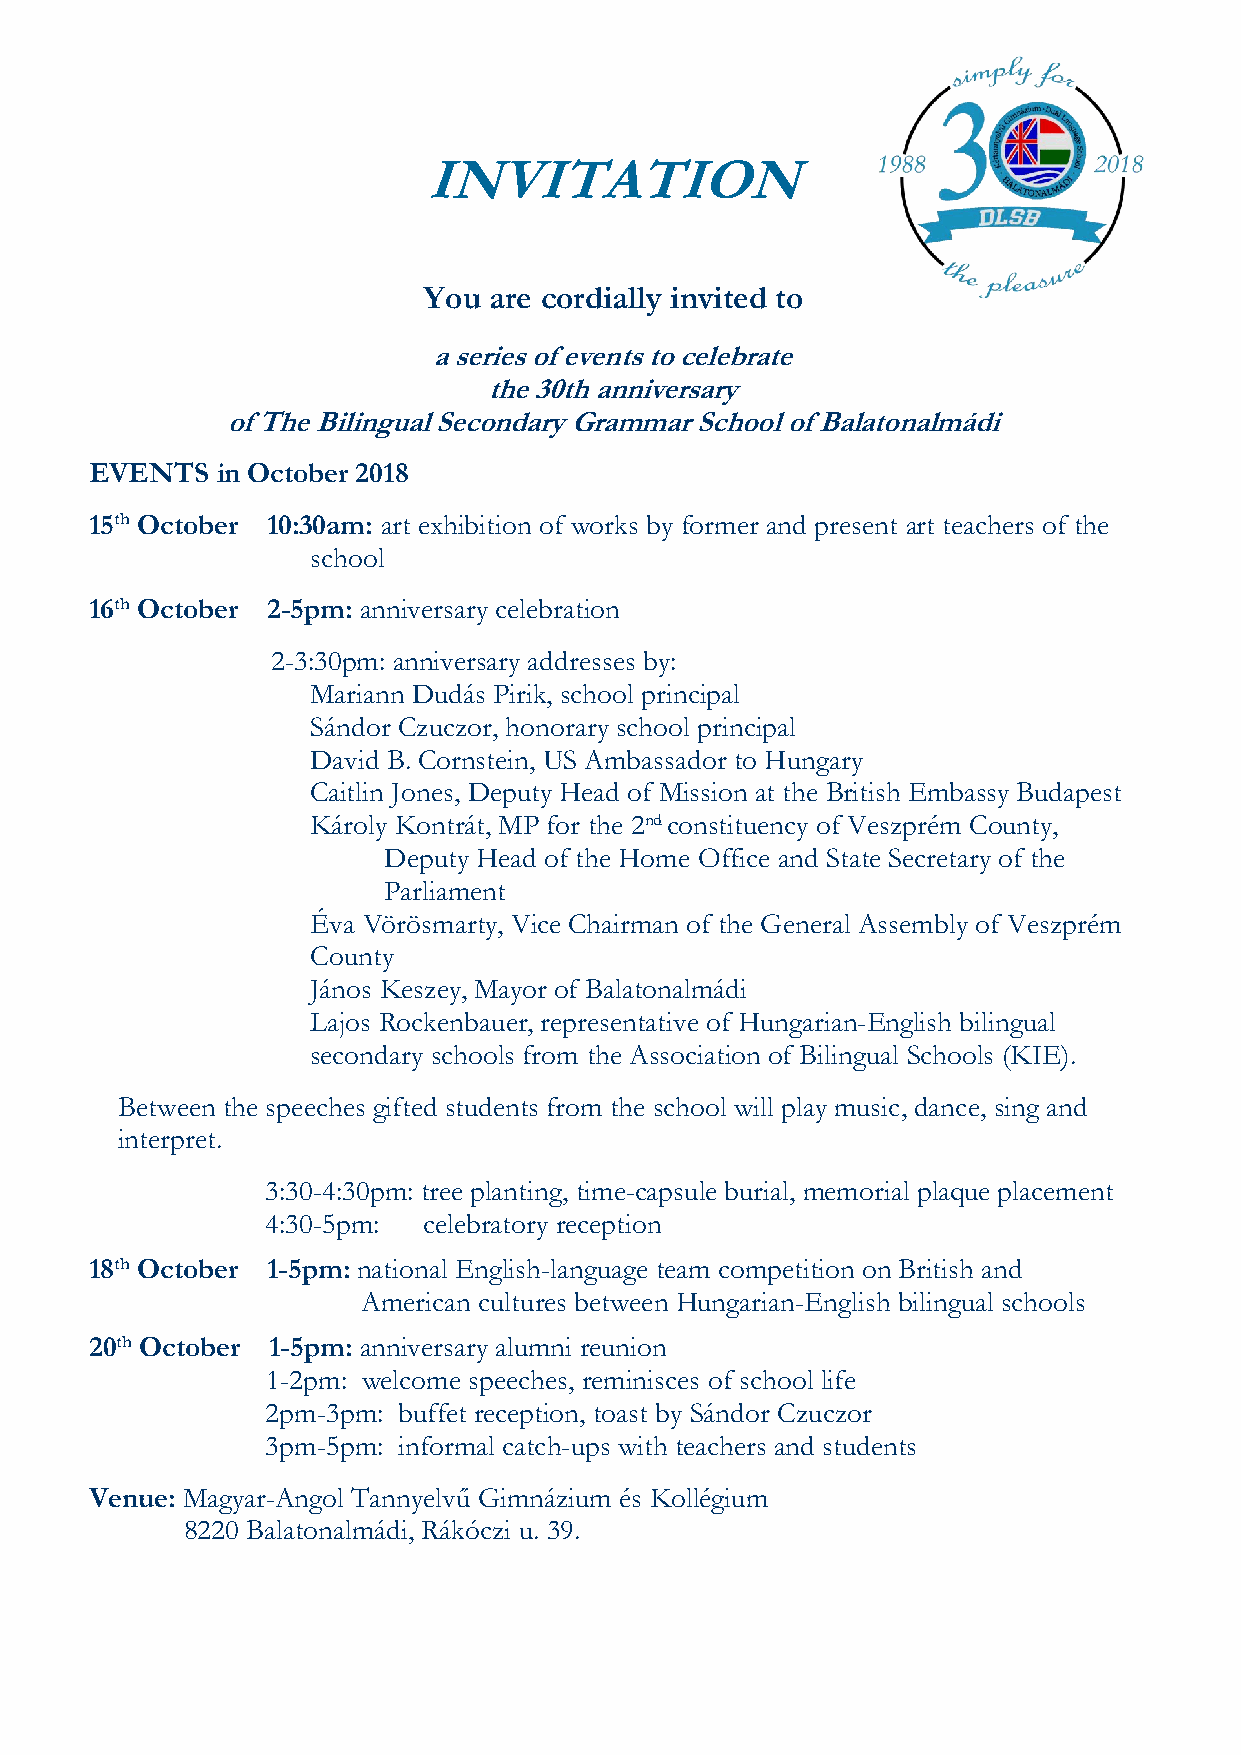
INVITATION
 You are cordially invited to
 a series of events to celebrate
 the 30th anniversary
 of The Bilingual Secondary Grammar School of Balatonalmádi
 EVENTS  in October 2018
 15th October 10:30am: art exhibition of works by former and present art teachers of the
 school
 16th October 2-5pm: anniversary celebration
 2-3:30pm: anniversary addresses by:
 Mariann Dudás Pirik, school principal
 Sándor Czuczor, honorary school principal
 David B. Cornstein, US Ambassador to Hungary
 Caitlin Jones, Deputy Head of Mission at the British Embassy Budapest
 Károly Kontrát, MP for the 2nd constituency of Veszprém County,
 Deputy Head of the Home Office and State Secretary of the
 Parliament
 Éva Vörösmarty, Vice Chairman of the General Assembly of Veszprém
 County
 János Keszey, Mayor of Balatonalmádi
 Lajos Rockenbauer, representative of Hungarian-English bilingual
 secondary schools from the Association of Bilingual Schools (KIE).
 Between the speeches gifted students from the school will play music, dance, sing and
 interpret.
 3:30-4:30pm: tree planting, time-capsule burial, memorial plaque placement
 4:30-5pm: celebratory reception
 18th October 1-5pm: national English-language team competition on British and
 American cultures between Hungarian-English bilingual schools
 20th October 1-5pm: anniversary alumni reunion
 1-2pm: welcome speeches, reminisces of school life
 2pm-3pm: buffet reception, toast by Sándor Czuczor
 3pm-5pm: informal catch-ups with teachers and students
 Venue: Magyar-Angol Tannyelvű Gimnázium és Kollégium
 8220 Balatonalmádi, Rákóczi u. 39.